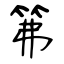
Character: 笰